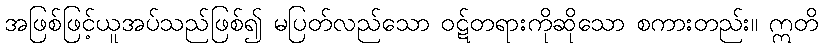
အဖြစ်ဖြင့်ယူအပ်သည်ဖြစ်၍ မပြတ်လည်သော ဝဋ်တရားကိုဆိုသော စကားတည်း။ ဣတိ